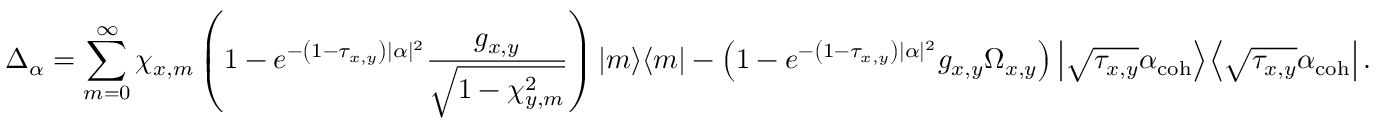
\Delta _ { \alpha } = \sum _ { m = 0 } ^ { \infty } \chi _ { x , m } \left( 1 - e ^ { - \left( 1 - \tau _ { x , y } \right) | \alpha | ^ { 2 } } \frac { g _ { x , y } } { \sqrt { 1 - \chi _ { y , m } ^ { 2 } } } \right) \left| m \middle > \middle < m \right| - \left( 1 - e ^ { - \left( 1 - \tau _ { x , y } \right) | \alpha | ^ { 2 } } g _ { x , y } \Omega _ { x , y } \right) \left| \sqrt { \tau _ { x , y } } \alpha _ { \mathrm { c o h } } \middle > \middle < \sqrt { \tau _ { x , y } } \alpha _ { \mathrm { c o h } } \right| .